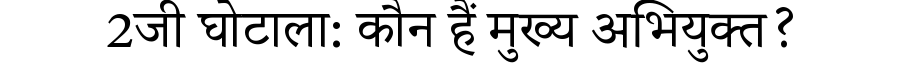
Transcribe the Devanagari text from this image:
2जी घोटाला: कौन हैं मुख्य अभियुक्त?